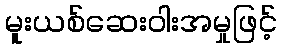
မူးယစ်ဆေးဝါးအမှုဖြင့်